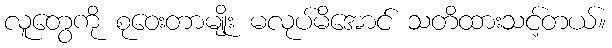
လူတွေကို စုဝေးတာမျိုး မလုပ်မိအောင် သတိထားသင့်တယ်။